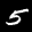
Label: 5